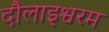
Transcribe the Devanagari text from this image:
दौलाइश्वरम